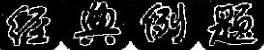
经典例题